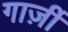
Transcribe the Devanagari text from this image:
गार्ज़ी